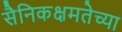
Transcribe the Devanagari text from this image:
सैनिकक्षमतेच्या